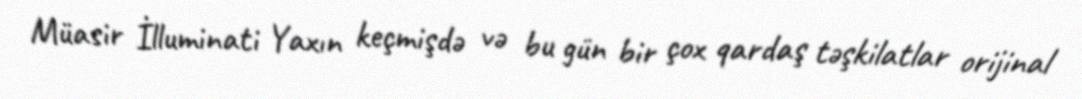
Müasir İlluminati Yaxın keçmişdə və bu gün bir çox qardaş təşkilatlar orijinal